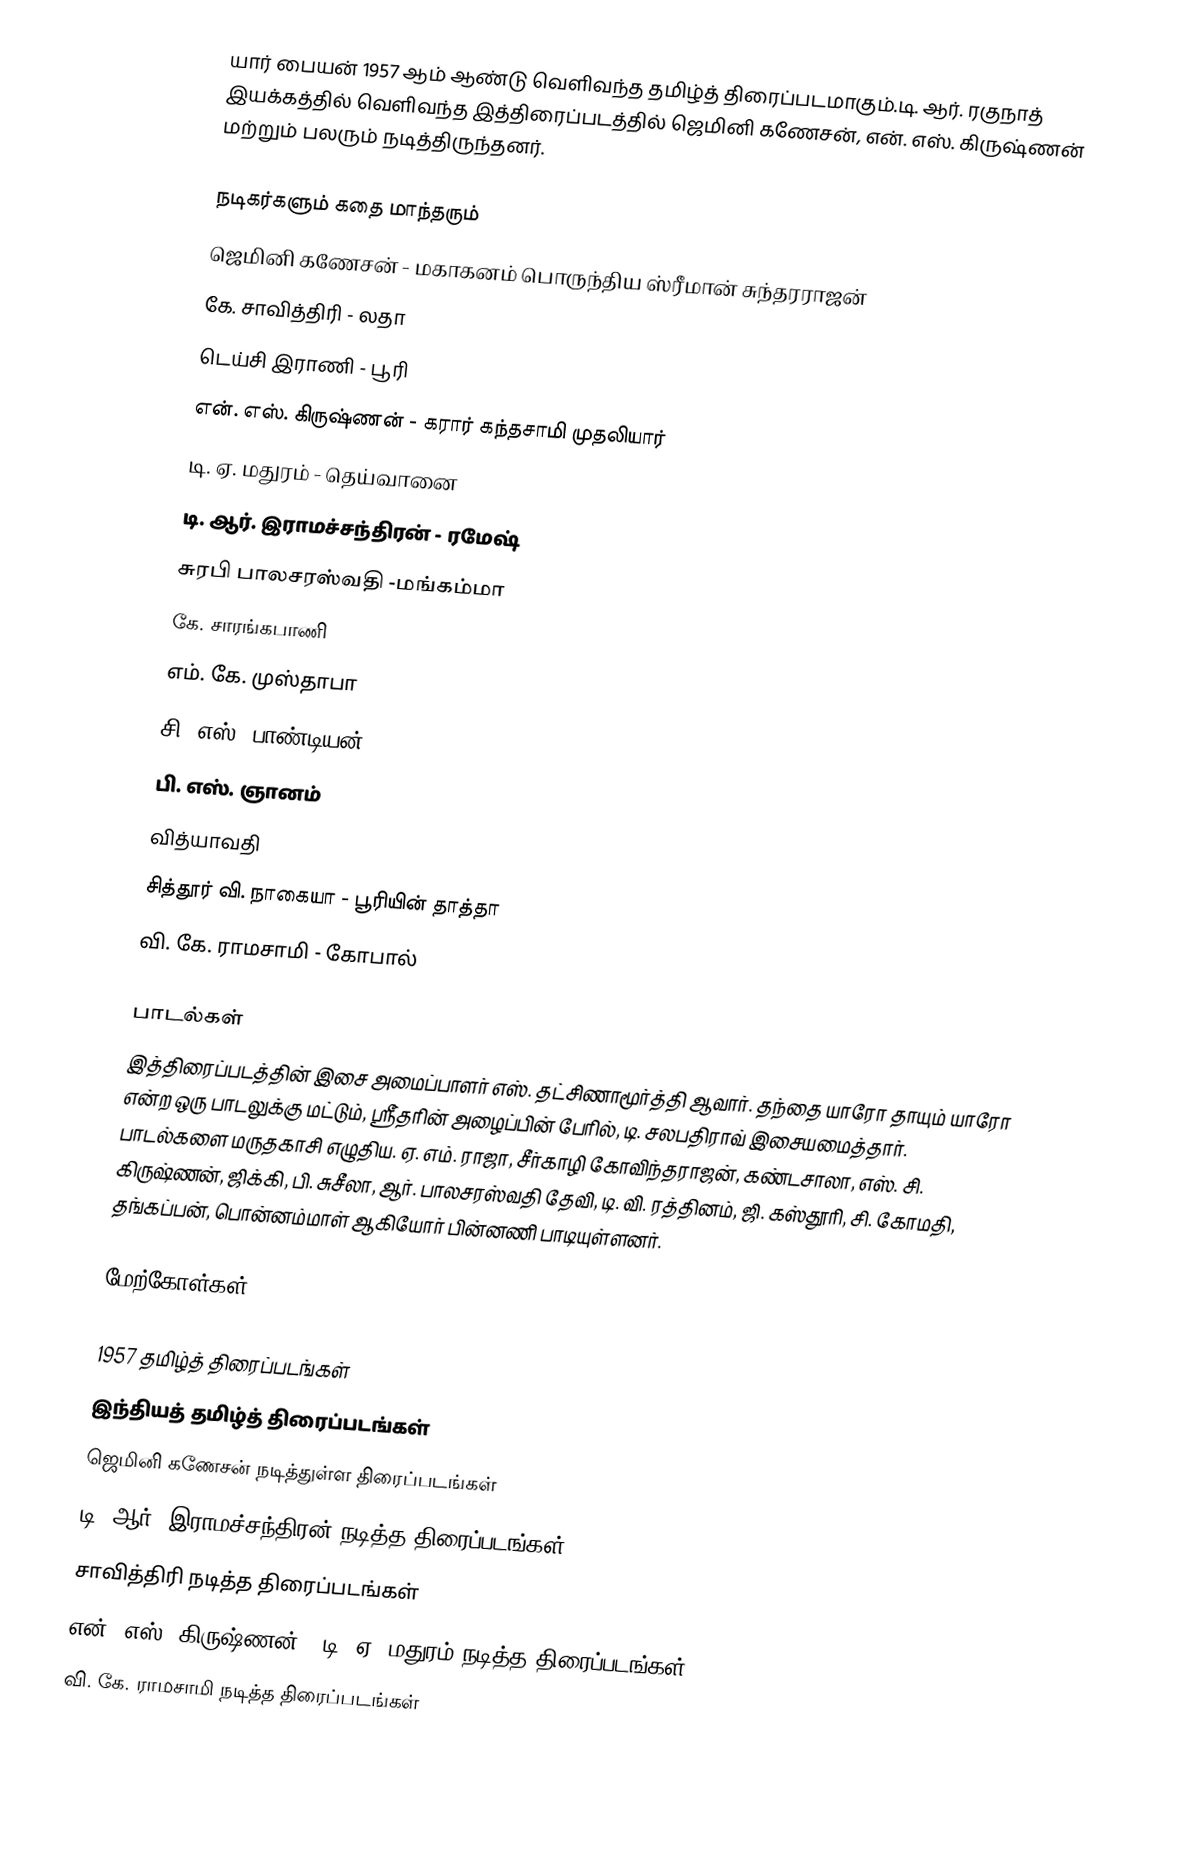
யார் பையன் 1957 ஆம் ஆண்டு வெளிவந்த தமிழ்த் திரைப்படமாகும்.டி. ஆர். ரகுநாத் இயக்கத்தில் வெளிவந்த இத்திரைப்படத்தில் ஜெமினி கணேசன், என். எஸ். கிருஷ்ணன் மற்றும் பலரும் நடித்திருந்தனர்.

நடிகர்களும் கதை மாந்தரும்
ஜெமினி கணேசன் - மகாகனம் பொருந்திய ஸ்ரீமான் சுந்தரராஜன்
கே. சாவித்திரி - லதா
டெய்சி இராணி - பூரி
என். எஸ். கிருஷ்ணன் - கரார் கந்தசாமி முதலியார்
டி. ஏ. மதுரம் - தெய்வானை
டி. ஆர். இராமச்சந்திரன் - ரமேஷ்
சுரபி பாலசரஸ்வதி -மங்கம்மா
கே. சாரங்கபாணி
எம். கே. முஸ்தாபா
சி. எஸ். பாண்டியன்
பி. எஸ். ஞானம்
வித்யாவதி
சித்தூர் வி. நாகையா - பூரியின் தாத்தா
வி. கே. ராமசாமி - கோபால்

பாடல்கள்
இத்திரைப்படத்தின் இசை அமைப்பாளர் எஸ். தட்சிணாமூர்த்தி ஆவார். தந்தை யாரோ தாயும் யாரோ என்ற ஒரு பாடலுக்கு மட்டும், ஸ்ரீ்தரின் அழைப்பின் பேரில், டி. சலபதிராவ் இசையமைத்தார். பாடல்களை மருதகாசி எழுதிய. ஏ. எம். ராஜா, சீர்காழி கோவிந்தராஜன், கண்டசாலா, எஸ். சி. கிருஷ்ணன், ஜிக்கி, பி. சுசீலா, ஆர். பாலசரஸ்வதி தேவி, டி. வி. ரத்தினம், ஜி. கஸ்தூரி, சி. கோமதி, தங்கப்பன், பொன்னம்மாள் ஆகியோர் பின்னணி பாடியுள்ளனர்.

மேற்கோள்கள்

1957 தமிழ்த் திரைப்படங்கள்
இந்தியத் தமிழ்த் திரைப்படங்கள்
ஜெமினி கணேசன் நடித்துள்ள திரைப்படங்கள்
டி. ஆர். இராமச்சந்திரன் நடித்த திரைப்படங்கள்
சாவித்திரி நடித்த திரைப்படங்கள்
என். எஸ். கிருஷ்ணன் - டி. ஏ. மதுரம் நடித்த திரைப்படங்கள்
வி. கே. ராமசாமி நடித்த திரைப்படங்கள்